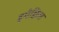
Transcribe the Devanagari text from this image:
इमेक्विल